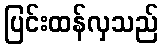
ပြင်းထန်လှသည်